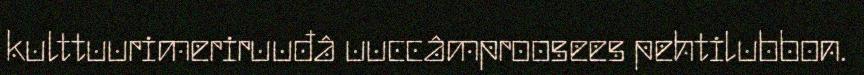
kulttuurimeriruuđâ uuccâmproosees pehtilubbon.